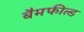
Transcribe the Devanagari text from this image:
बैमफील्ड